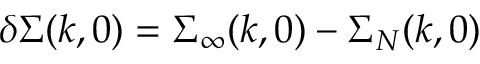
\delta \Sigma ( k , 0 ) = \Sigma _ { \infty } ( k , 0 ) - \Sigma _ { N } ( k , 0 )